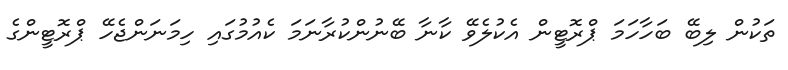
ތަކުން ލިބޭ ބަހާހަމަ ޕްރޮޓީން އެކުލެވޭ ކާނާ ބޭނުންކުރާނަމަ ކެއުމުގައި ހިމަނަންޖެހޭ ޕްރޮޓީންގެ